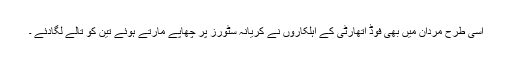
اسی طرح مردان میں بھی فوڈ اتھارٹی کے اہلکاروں نے کریانہ سٹورز پر چھاپے مارتے ہوئے تین کو تالے لگادئے ۔